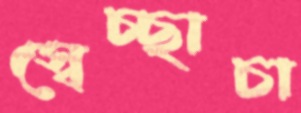
স্বেচ্ছাচা